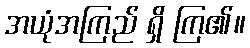
အယုံအကြည် ရှိ ကြ၏။